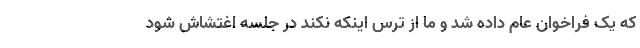
که یک فراخوان عام داده شد و ما از ترس اینکه نکند در جلسه اغتشاش شود